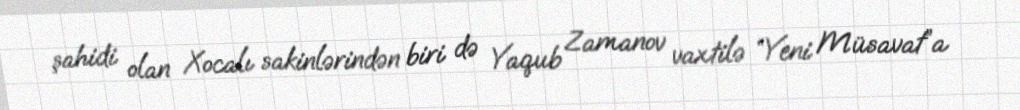
şahidi olan Xocalı sakinlərindən biri də Yaqub Zamanov vaxtilə “Yeni Müsavat”a